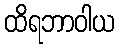
ထိရဘာဝါယ